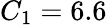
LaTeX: C_{1}=6.6